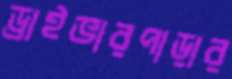
ড্রাইভারপাড়ার